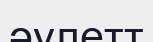
әулетт